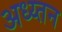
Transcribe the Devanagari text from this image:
अध्य्तन